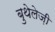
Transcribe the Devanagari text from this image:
बुथेलेज़ी